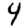
Digit: 4